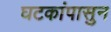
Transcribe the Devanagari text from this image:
घटकांपासुन